Civil Veterinary Department Bihar & Orissa reports 1911-21 - 1911-1921
Year: 1911
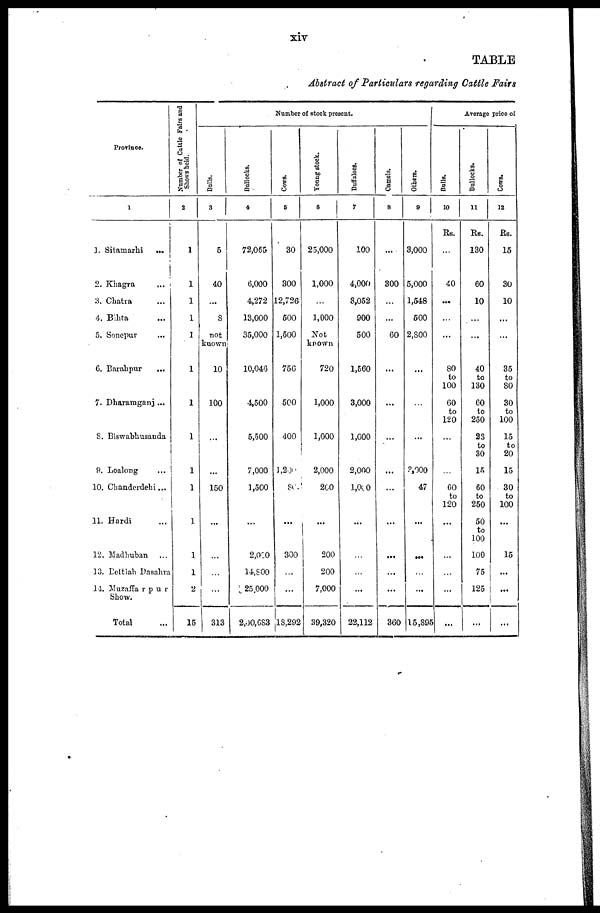
TABLE
Abstract of Particulars regarding Cattle Fairs
Province.
1
1. Sitamarhi
...
2. Khagra ...
3. Chatra ...
4. Bihta
5. Sonepur ...
6. Barahpur
...
7. Dharamganj ...
S. Biswabhuanda
9. Loalong ...
10. Chandcrdehi...
11. Hardi ...
12. Madhuban
...
13. Bettiah Dasahra
l4. Muzaffarpur
Show.
Total
Number of Cattle Fairs and
Shows hold.
2
1
1
1
1
1
1
1
1
1
1
1
1
1
2
15
Bulls.
3
5
40
...
8
not
known
10
100
...
150
313
Bullocks.
4
72,065
6,000
4,272
13,000
35,000
10,046
4,500
5,500
7,000
1,500
2,000
14,S00
25,000
2,00,683
Number of stock present.
Cows.
5
30
300
12,726
500
1,500
75G
500
400
l,200
800
...
300
...
18,292
Young stock.
6
25,000
1,000
1,000
Not
known
720
1,000
1,000
2,000
200
200
200
7,000
39,320
Buffaloes.
7
100
4,000
8,052
900
500
1,560
3,000
1,000
2,000
1A0
22,112
Camels.
8
...
300
60
...
...
...
...
...
360
Others.
9
3,000
5,000
1,548
500
2,800
...
3,000
47
...
...
15,895
Bulls.
10
Rs.
...
40
...
...
...
80
to
100
60
to
120
60
to
120
...
Average price of
Bullocks.
11
Rs.
130
60
10
...
40
to
130
60
to
250
23
to
30
15
60
to
250
50
to
100
100
75
125
...
Cows.
12
Rs.
15
30
10
...
35
to
80
30
to
100
15
to
20
15
30
to
100
15
...